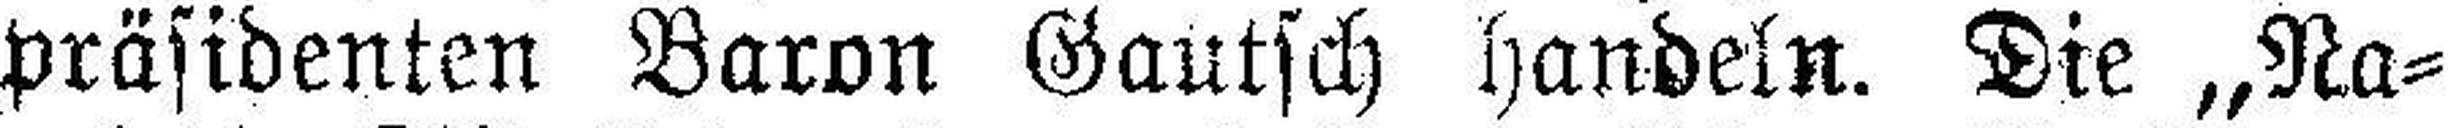
präsidenten Baron Gautsch handeln. Die „Na¬